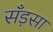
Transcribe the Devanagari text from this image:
सँड़सा